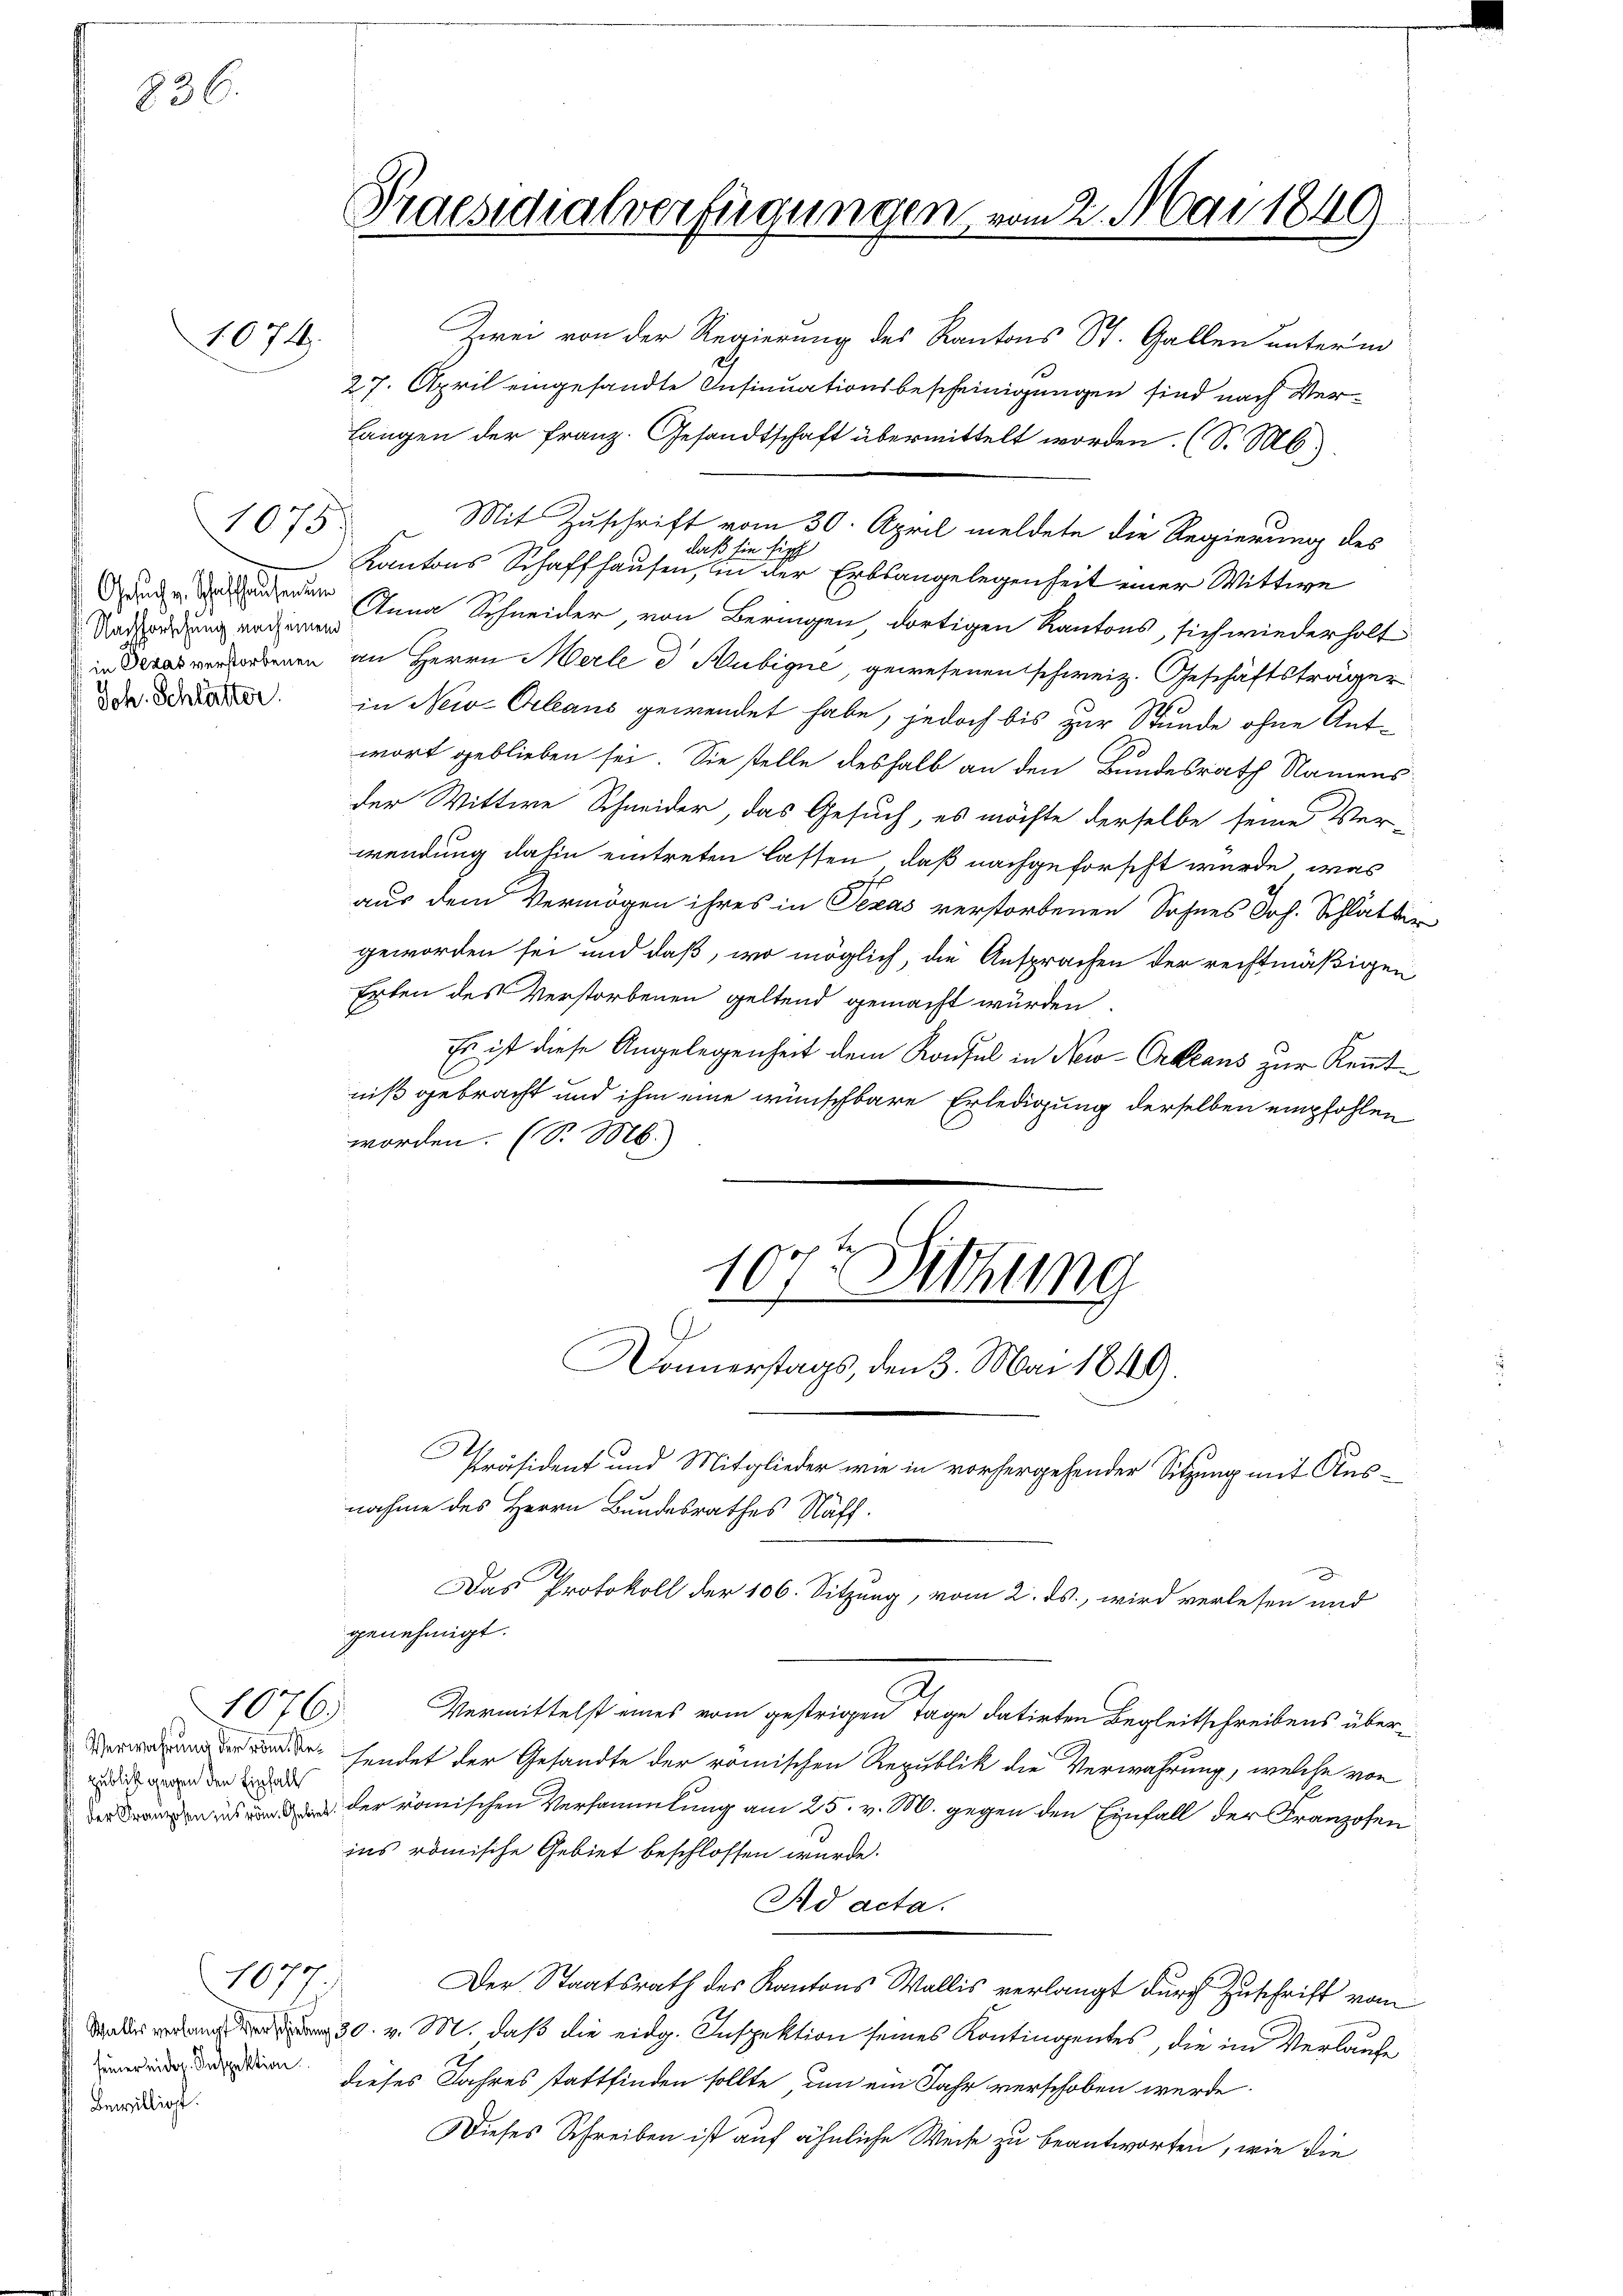
1074

1075
Nachforschung nach einem

Hublicht gegen den Einfall

1076.

Bewilligt.

836.

1077.

Praesidialverfügungen vom 2. Mai 1849

langen der Franz. Gesandtschaft übermittelt worden. (S. Mb.).
Mit Zuschrift vom 30. April meldete die Regierung des
daß sie sich
Kantons Schaffhausen, in der Erbsangelegenheit einer Wittwe
 Anna Schneider, von Beringen, dortigen Kantons, sich wiederholt
in das verdorbenen an Herrn erle d Hlubigne, gewesenen schweiz. Geschäftsträger
DDr. die in New-Orleans gewendet habe, jedoch bis zur Stunde ohne Antwort geblieben sei. Sie stelle deshalb an den Bundesrath Namens-
der Wittwe Schneider, das Gesuch, es möchte derselbe seine Ver
wendung dahin eintreten lassen, daß nachgeforscht wurde, was
aus dem Vermögen ihres in Texas verstorbenen Sohnes Joh. Schlatter
geworden sei und daß, wo möglich, die Ansprachen der rechtmäßigen
Erten des Verstorbenen geltend gemacht wurden.
Es ist diese Angelegenheit dem Konsul in New-Orleans zur Kenntniß gebracht und ihm eine wünschbare Erledigung derselben empfohlen
worden. (S. M.
107ten Sitzung
Donnerstags, den 3. Mai 1849.
Präsident und Mitglieder wie in vorhergehender Sitzung mit Ausnahme des Herrn Bundesrathes Näff.
A
Das Protokoll der 106. Sitzung, vom 2. ds., wird verlesen und
genehmigt.
Vermittelst eines vom gestrigen Tage datirten Begleitschreibens überde, sendet der Gesandte der römischen Republik die Verwahrung, welche von
 der römischen Versammlung am 25. v. M. gegen den Einfall der Franzosenins römische Gebiet beschlossen wurde.
Ad acta.
hof
Der Staatsrath des Kantons Wallis verlangt durch Zuschrift vom
30. v. M. daß die eidg. Inspektion seines Kontingentes, die im Verlaufe
 den dieses Jahres stattfinden sollte, um ein Jahr verschoben werde
Dieses Schreiben ist auf ähnliche Weise zu beantworten, wie die

Zwei von der Regierung des Kantons St. Gallen unterm
27. April eingesandte Insinuationsbescheinigungen sind nach Ver¬